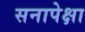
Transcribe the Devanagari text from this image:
सनापेक्षा